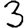
Digit: 3